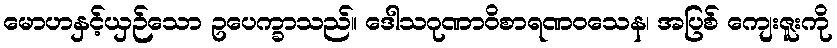
မောဟနှင့်ယှဉ်သော ဥပေက္ခာသည်။ ဒေါသဂုဏာဝိစာရဏဝသေန၊ အပြစ် ကျေးဇူးကို